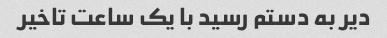
دیر به دستم رسید با یک ساعت تاخیر